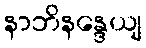
နာဘိနန္ဒေယျ